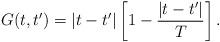
LaTeX: \begin{align*}G(t,t') = \left| {t - t'} \right|\left[ {1 - \frac{{\left| {t - t'} \right|}}{T}} \right].\end{align*}